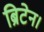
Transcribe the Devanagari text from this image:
ब्रिटेन।